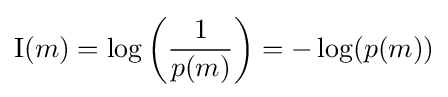
\operatorname {I} (m)=\log \left({\frac {1}{p(m)}}\right)=-\log(p(m))